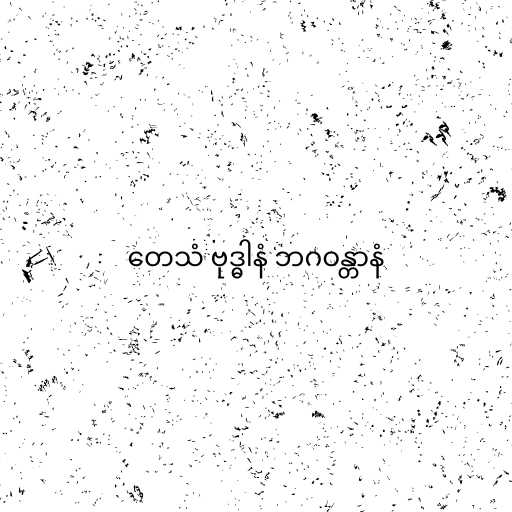
တေသံ ဗုဒ္ဓါနံ ဘဂဝန္တာနံ